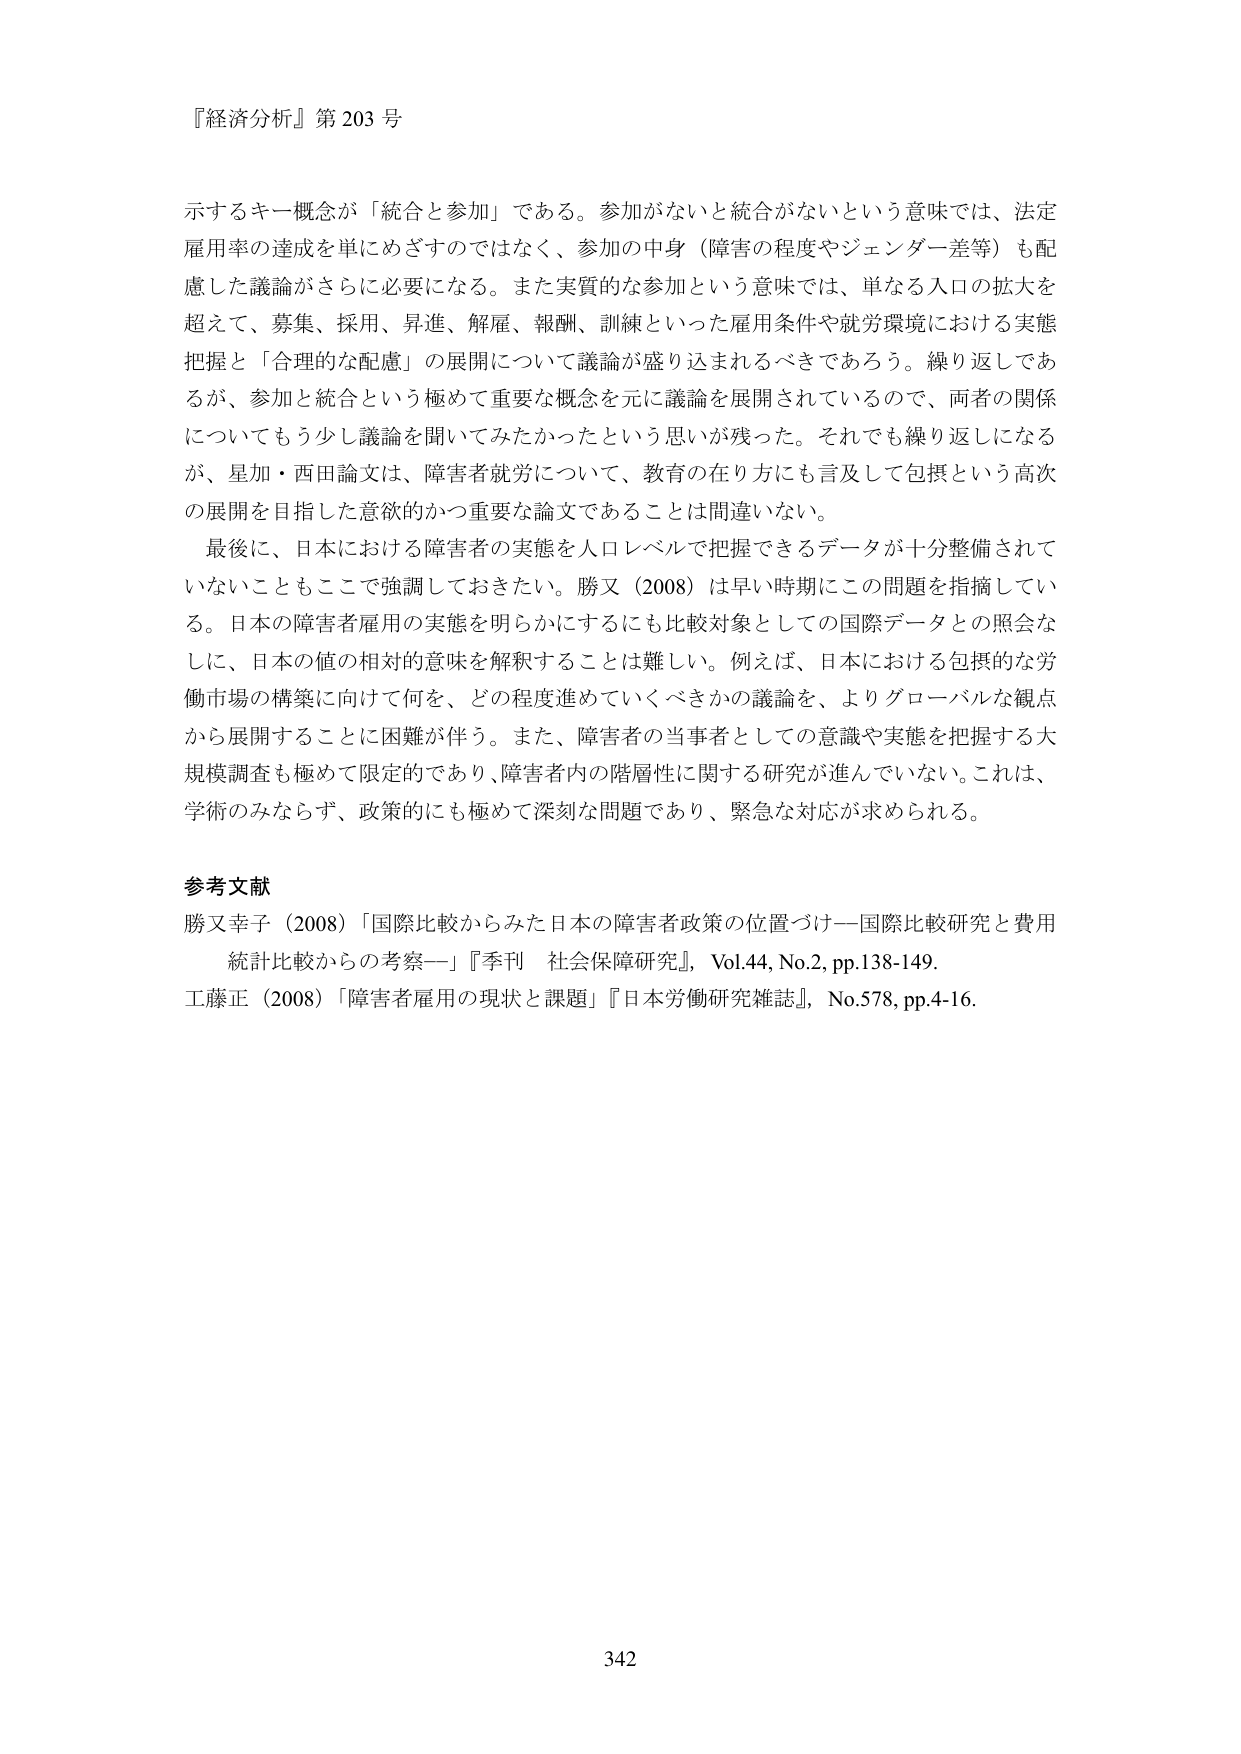
『経済分析』第203号

示すキーワードが「統合と参加」である。参加がないと統合がないという意味では、法定雇用率の達成を単にめざすのではなく、参加の中身（障害の程度やジェンダー差等）も配慮した議論がさらに必要になる。また実質的な参加という意味では、単なる入口の拡大を超えて、募集、採用、昇進、解雇、報酬、訓練といった雇用条件や就労環境における実態把握と「合理的な配慮」の展開について議論が盛り込まれるべきであろう。繰り返しであるが、参加と統合という極めて重要な概念を元に議論を展開されているので、両者の関係についてももう少し議論を聞いてみたかったという思いが残った。それでも繰り返しになるが、星加・西田論文は、障害者就労について、教育の在り方にも言及して包摂という高次の展開を目指した意欲的かつ重要な論文であることは間違いない。

最後に、日本における障害者の実態を人口レベルで把握できるデータが十分整備されていないこともここで強調しておきたい。勝又（2008）は早い時期にこの問題を指摘している。日本の障害者雇用の実態を明らかにするにも比較対象としての国際データとの照会なしに、日本の値の相対的意味を解釈することは難しい。例えば、日本における包摂的な労働市場の構築に向けて何を、どの程度進めていくべきかの議論を、よりグローバルな観点から展開することに困難が伴う。また、障害者の当事者としての意識や実態を把握する大規模調査も極めて限定的であり、障害者内の階層性に関する研究が進んでいない。これは、学術のみならず、政策的にも極めて深刻な問題であり、緊急な対応が求められる。

参考文献
勝又幸子（2008）「国際比較からみた日本の障害者政策の位置づけ―国際比較研究と費用統計比較からの考察―」『季刊 社会保障研究』, Vol.44, No.2, pp.138-149.
工藤正（2008）「障害者雇用の現状と課題」『日本労働研究雑誌』, No.578, pp.4-16.

342